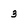
Character: 3